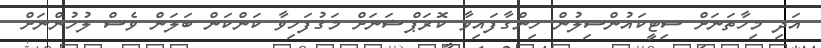
އަދި މިހާތަނަށް ސިޓީކައުންސިލުން ހިންގާފައިވާ ކޮރަޕްޝަނަށް މަގުފަހިވާ ކަންކަން ބަލަން ވެސް ލުހުންނަށް